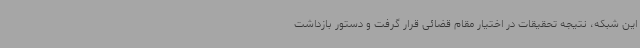
این شبکه، نتیجه تحقیقات در اختیار مقام قضائی قرار گرفت و دستور بازداشت